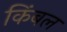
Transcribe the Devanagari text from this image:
किंबल